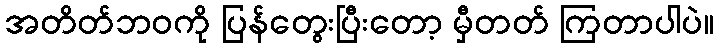
အတိတ်ဘဝကို ပြန်တွေးပြီးတော့ မှီတတ် ကြတာပါပဲ။